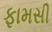
ફામસી